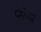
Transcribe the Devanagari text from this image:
प्सेप्प